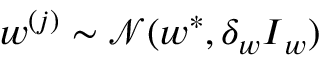
\boldsymbol { w } ^ { ( j ) } \sim \mathcal { N } ( \boldsymbol { w } ^ { * } , \delta _ { w } \boldsymbol { I } _ { w } )